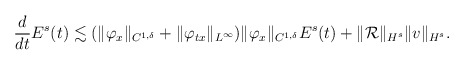
\begin{align*}\begin{aligned} \frac{d}{dt}E^{s}(t)&\lesssim (\|\varphi_x\|_{C^{1, \delta}}+\|\varphi_{tx}\|_{L^\infty})\|\varphi_x\|_{C^{1, \delta}} E^{s}(t) + \|\mathcal{R}\|_{H^s}\|v\|_{H^s}.\end{aligned}\end{align*}